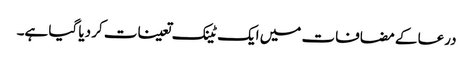
درعا کے مضافات میں ایک ٹینک تعینات کر دیا گیا ہے۔